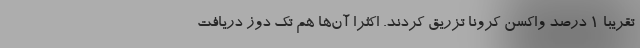
تقریبا ۱ ‌درصد واکسن کرونا تزریق کردند. اکثرا آن‌ها هم تک دوز دریافت